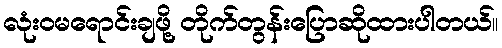
လုံးဝမရောင်းချဖို့ တိုက်တွန်းပြောဆိုထားပါတယ်။